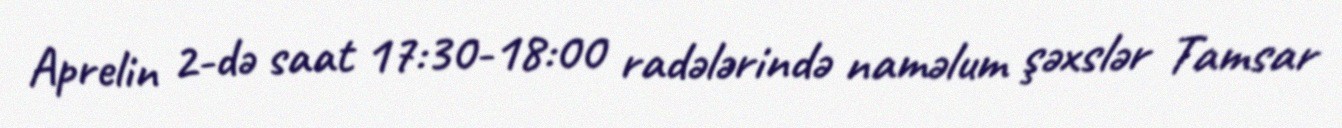
Aprelin 2-də saat 17:30-18:00 radələrində naməlum şəxslər Tamsar